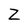
Character: Z